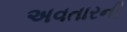
અવતારની